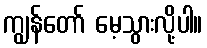
ကျွန်တော် မေ့သွားလို့ပါ။